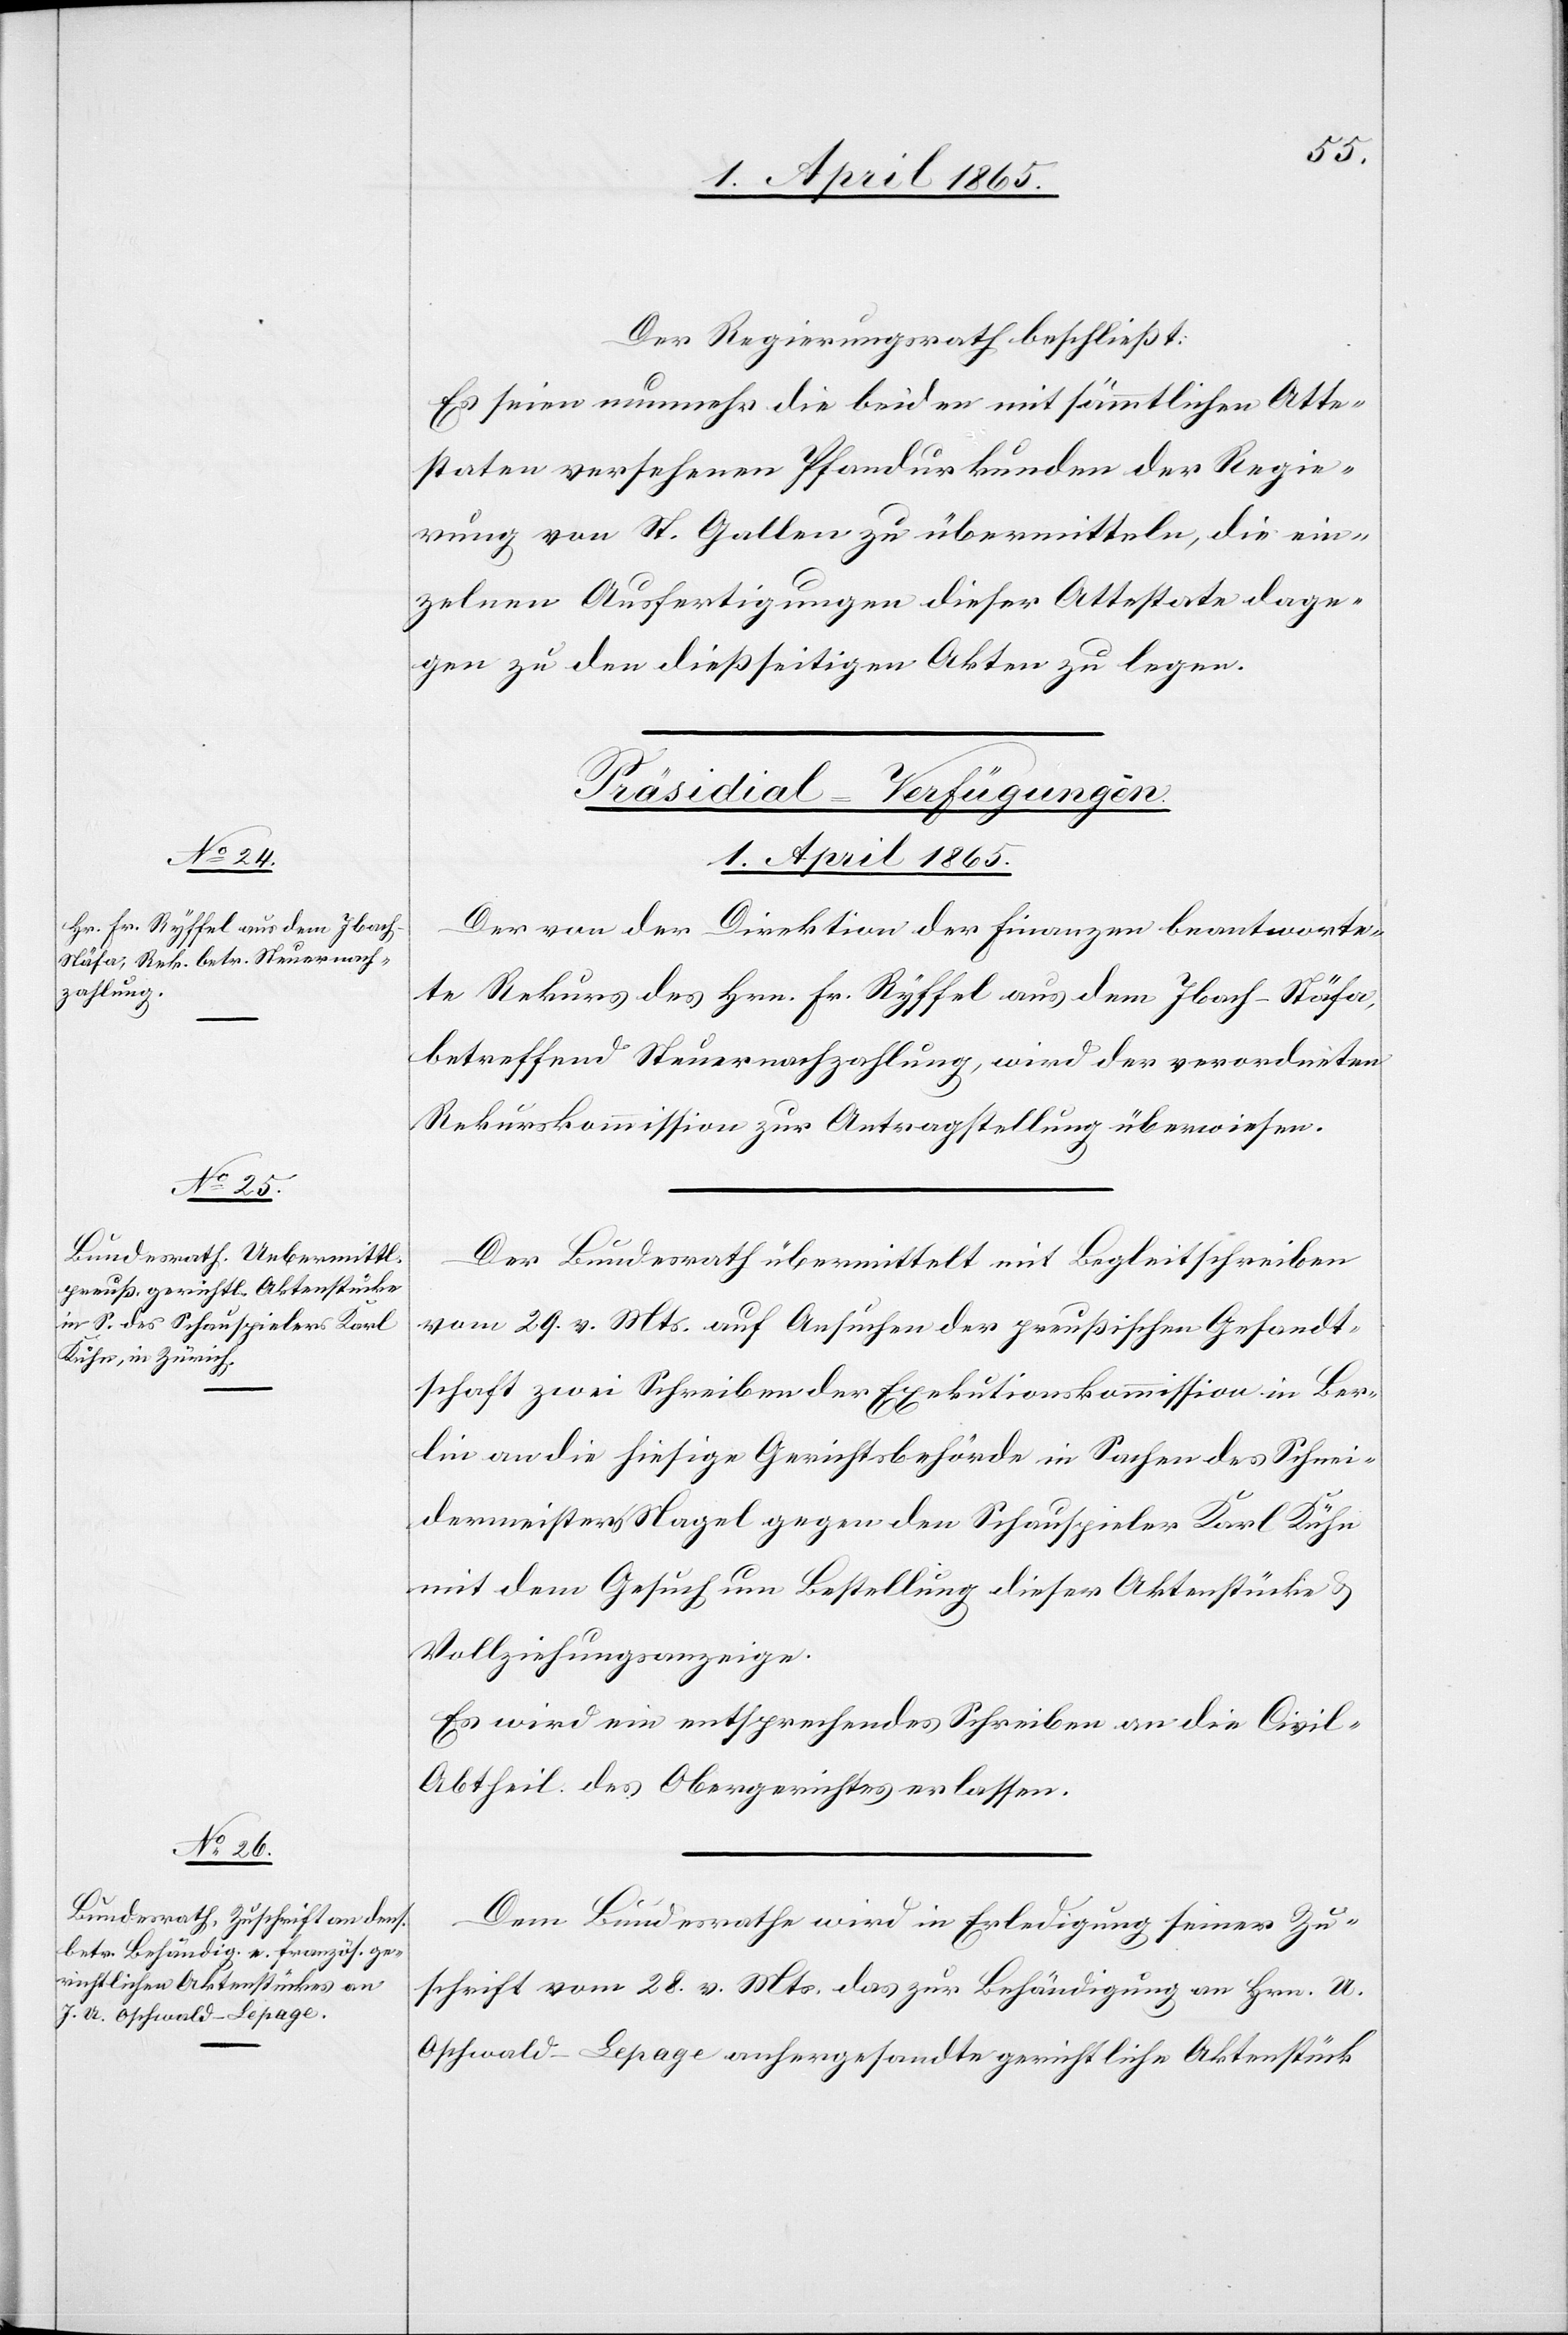
1. April 1865.]
Der Regierungsrath beschließt:
Es seien nunmehr die beiden mit sämmtlichen Atte¬
staten versehenen Pfandurkunden der Regie¬
rung von St. Gallen zu übermitteln, die ein¬
zelnen Ausfertigungen dieser Attestate dage¬
gen zu den dießseitigen Akten zu legen.
[Präsidial-Verfügungen.
Der von der Direktion der Finanzen beantworte¬
te Rekurs des Hrn. Fr. Ryffel aus dem Ibach-Stäfa,
betreffend Steuernachzahlung, wird der verordneten
Rekurskommission zur Antragstellung überwiesen.
Der Bundesrath übermittelt mit Begleitschreiben
vom 29. v. Mts. auf Ansuchen der preußischen Gesandt¬
schaft zwei Schreiben der Exekutionskommission in Ber¬
lin an die hiesige Gerichtsbehörde in Sachen des Schnei¬
dermeisters Nagel gegen den Schauspieler Karl Kühn
mit dem Gesuch um Bestellung dieser Aktenstücke &
Vollziehungsanzeige.
Es wird ein entsprechendes Schreiben an die Civil-A¬
btheil. des Obergerichtes erlassen.
Dem Bundesrathe wird in Erledigung seiner Zu¬
schrift vom 28. v. Mts. das zur Behändigung an Hrn. A.
Oschwald-Lepage anhergesandte gerichtliche Aktenstück